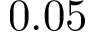
0 . 0 5